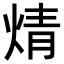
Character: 𭴼